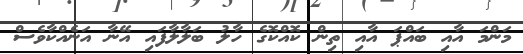
މަންމަ އާއި ބައްޕަ އާއި ތިން ކޮއްކޮގެ ހާލު ބަލާލާފައި އޭނާ އަނެއްކާވެސް